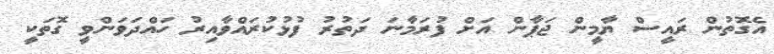
އެގޮތުން ރައީސް ޔާމީން ޖަޕާން އަށް ފުރަމާނަ ދަތުރު ފުޅުކުރައްވާއިރު ހައްދަވަންވީ ގޮތަކީ